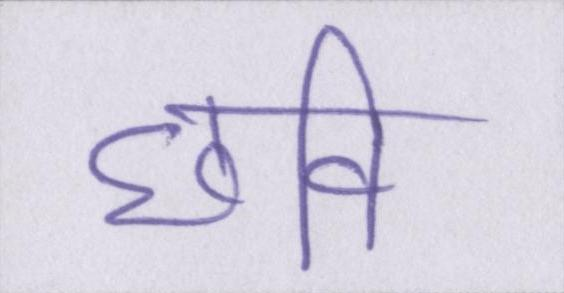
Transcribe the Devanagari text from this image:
छवि